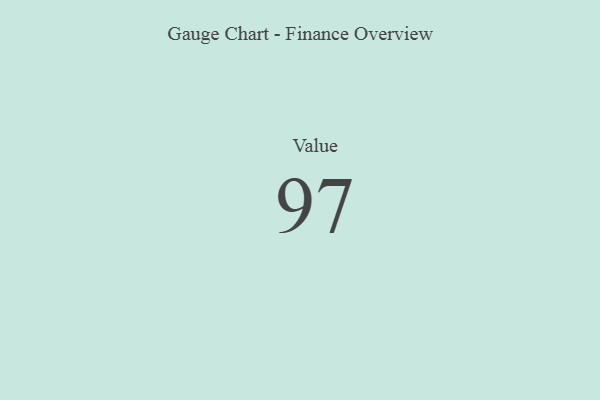
{"axis": {"x": "Metric", "y": "Value"}, "legend": [""], "data": [{"x": "Value", "y": 97, "type": ""}]}